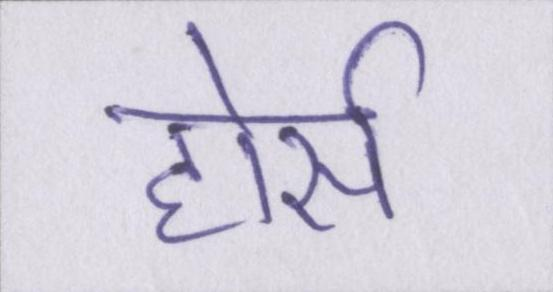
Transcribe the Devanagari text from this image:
होर्स